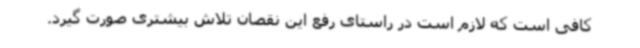
کافی است که لازم است در راستای رفع این نقصان تلاش بیشتری صورت گیرد.